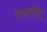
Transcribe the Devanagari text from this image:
गणादिम्